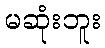
မဆုံးဘူး